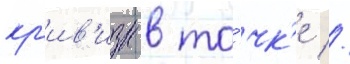
кр'ив'изн в то́чк'е //